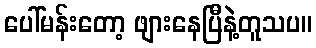
ပေါ်မန်းတော့ ဖျားနေပြီနဲ့တူသပ။